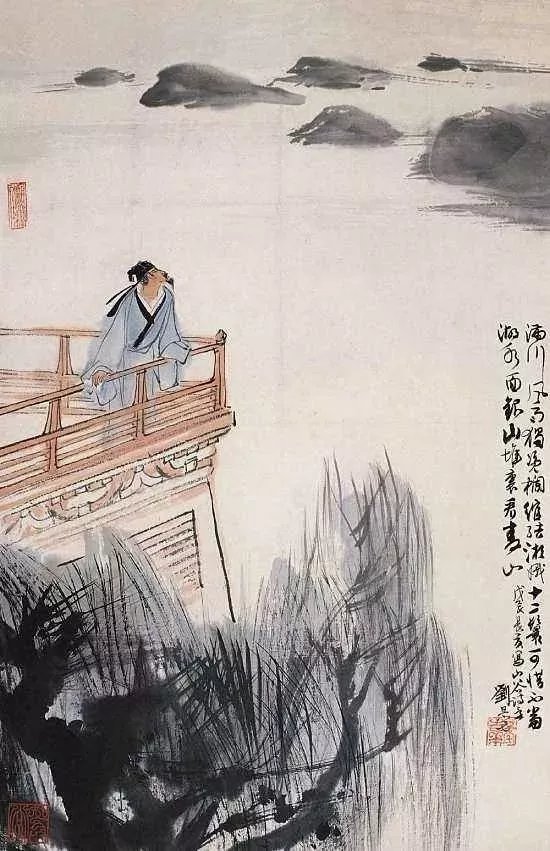
上马击狂胡，下马草军书。